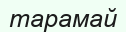
тарамай